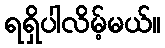
ရရှိပါလိမ့်မယ်။